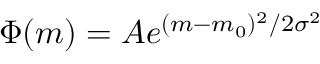
\ \Phi ( m ) = A e ^ { ( m - m _ { 0 } ) ^ { 2 } / 2 \sigma ^ { 2 } }